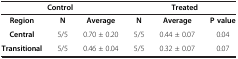
| <COLSPAN=3> Control | <COLSPAN=3> Treated |
 | --- | --- | --- | --- | --- | --- |
 | Region | N | Average | N | Average | P value |
 | Central | 5/5 | 0.70 ± 0.20 | 5/5 | 0.44 ± 0.07 | 0.04 |
 | Transitional | 5/5 | 0.46 ± 0.04 | 5/5 | 0.32 ± 0.07 | 0.07 |